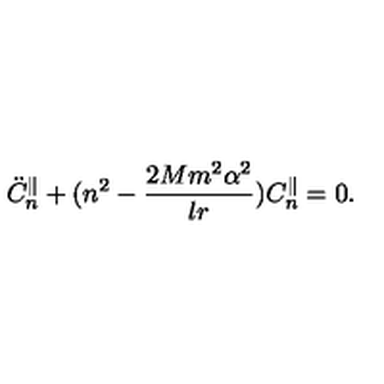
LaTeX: \ddot { C } _ { n } ^ { \parallel } + ( n ^ { 2 } - \frac { 2 M m ^ { 2 } \alpha ^ { 2 } } { l r } ) C _ { n } ^ { \parallel } = 0 .